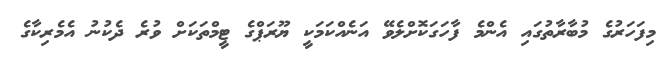
މިފަހަރުގެ މުބާރާތުގައި އެންމެ ފާހަގަކޮށްލެވޭ އަނެއްކަމަކީ ޔޫރަޕްގެ ޓީމްތަކަށް ވުރެ ދެކުނު އެމެރިކާގެ